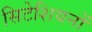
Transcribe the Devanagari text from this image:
सिटेशियनों